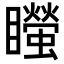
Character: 𥌴